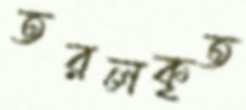
তরলকৃত